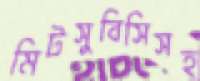
মিটসুবিসিসহ